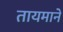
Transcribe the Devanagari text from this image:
तायमाने